Civil Veterinary Dept. North-West Frontier Province 1933-46 - 1933-1946
Year: 1933
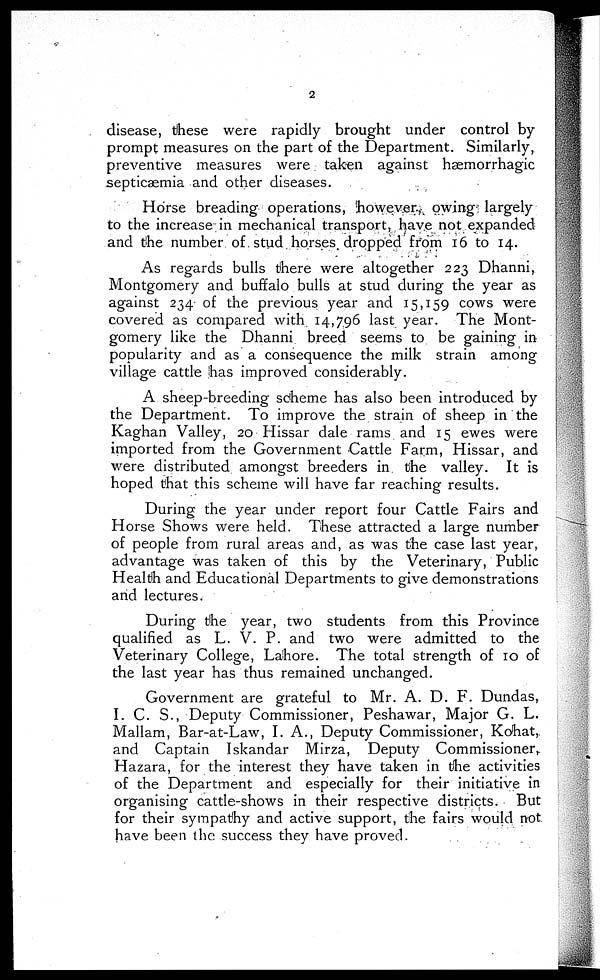
2
disease, these were rapidly brought under control by
prompt measures on the part of the Department. Similarly,
preventive measures were taken against hæmorrhagic
septicaemia and other diseases.
Horse breading operations, however, owing largely
to the increase in mechanical transport, have not expanded
and the number of stud horses dropped from 16 to 14.
As regards bulls there were altogether 223 Dhanni,
Montgomery and buffalo bulls at stud during the year as
against 234 of the previous year and 15,159 cows were
covered as compared with 14,796 last year. The Mont-
gomery like the Dhanni breed seems to be gaining in
popularity and as a consequence the milk strain among
village cattle has improved considerably.
A sheep-breeding scheme has also been introduced by
the Department. To improve the strain of sheep in the
Kaghan Valley, 20 Hissar dale rams and 15 ewes were
imported from the Government Cattle Farm, Hissar, and
were distributed amongst breeders in the valley. It is
hoped that this scheme will have far reaching results.
During the year under report four Cattle Fairs and
Horse Shows were held. These attracted a large number
of people from rural areas and, as was the case last year,
advantage was taken of this by the Veterinary, Public
Health and Educational Departments to give demonstrations
and lectures.
During the year, two students from this Province
qualified as L. V. P. and two were admitted to the
Veterinary College, Lahore. The total strength of 10 of
the last year has thus remained unchanged.
Government are grateful to Mr. A. D. F. Dundas,
I. C. S., Deputy Commissioner, Peshawar, Major G. L.
Mallam, Bar-at-Law, I. A., Deputy Commissioner, Kohat,
and Captain Iskandar Mirza, Deputy Commissioner,
Hazara, for the interest they have taken in the activities
of the Department and especially for their initiative in
organising cattle-shows in their respective districts. But
for their sympathy and active support, the fairs would not
have been the success they have proved.